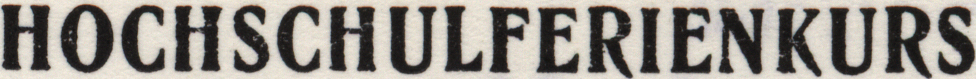
HOCHSCHULFERIENKURS